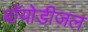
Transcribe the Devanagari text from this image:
बॉयोडीज़ल